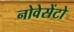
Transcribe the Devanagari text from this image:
नोवेसेंटो